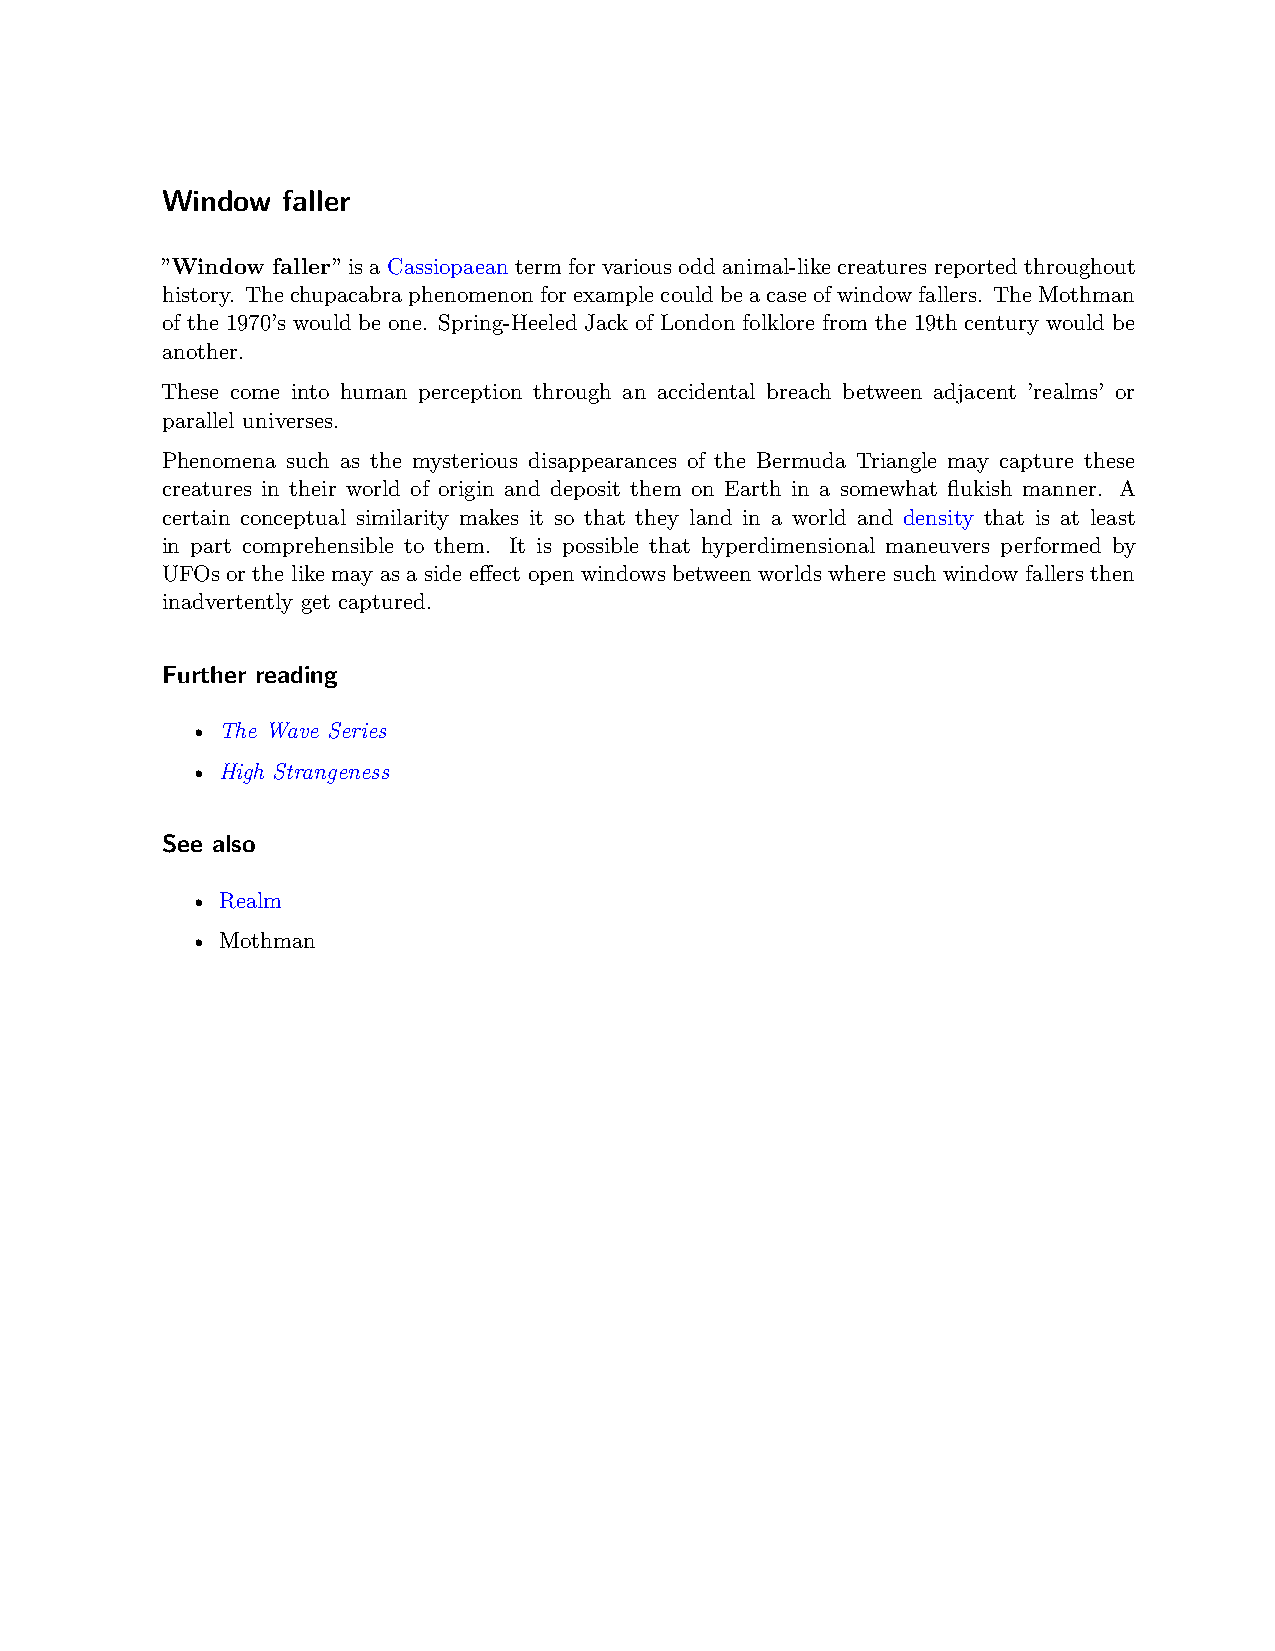
Window  faller
 ”Window faller” is a Cassiopaean term for various odd animal-like creatures reported throughout
 history. Thechupacabraphenomenonforexamplecouldbeacaseofwindowfallers. TheMothman
 of the 1970’s would be one. Spring-Heeled Jack of London folklore from the 19th century would be
 another.
 These come into human perception through an accidental breach between adjacent ’realms’ or
 parallel universes.
 Phenomena such as the mysterious disappearances of the Bermuda Triangle may capture these
 creatures in their world of origin and deposit them on Earth in a somewhat flukish manner. A
 certain conceptual similarity makes it so that they land in a world and density that is at least
 in part comprehensible to them. It is possible that hyperdimensional maneuvers performed by
 UFOs or the like may as a side effect open windows between worlds where such window fallers then
 inadvertently get captured.
 Further reading
 • The Wave Series
 • High Strangeness
 See also
 • Realm
 • Mothman